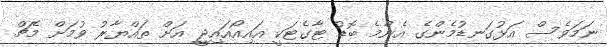
ނަމަވެސް އަޅުގަނޑުމެންގެ އެންމެ ބޮޑު ޓާގެޓަކީ އައިއޯއައިޖީ އަށް ތައްޔާރު ވުމަށް މެޗް